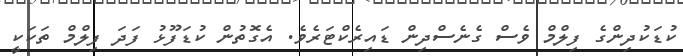
ކުޑަކުދިންގެ ފިލްމް ވެސް ގެނެސްދިން ޑައިރެކްޓަރެވެ. އެގޮތުން ކުޑަފޫޅު ފަދަ ފިލްމް ތަކަކީ